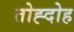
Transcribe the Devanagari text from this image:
तोह्दोह